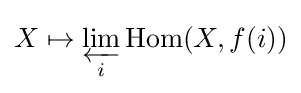
X\mapsto \varprojlim _{i}\operatorname {Hom} (X,f(i))